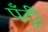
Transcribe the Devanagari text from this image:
पँट्री